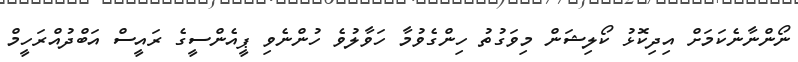
ނޯންނާނެކަމަށް އިދިކޮޅު ކޯލިޝަން މިވަގުތު ހިންގެވުމާ ހަވާލުވެ ހުންނެވި ޕީއެންސީގެ ރައީސް އަބްދުއްރަހީމް